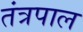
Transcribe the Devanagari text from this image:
तंत्रपाल